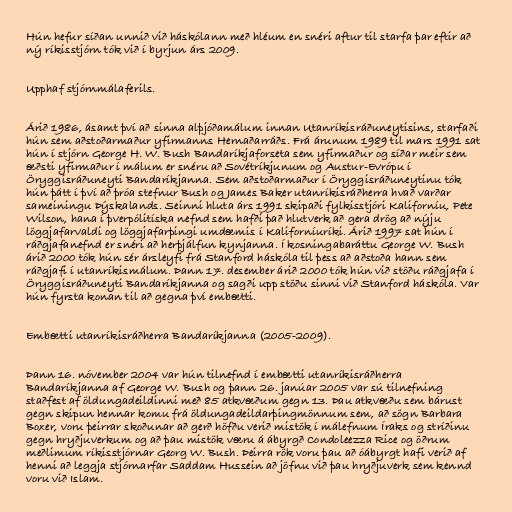
Hún hefur síðan unnið við háskólann með hléum en snéri aftur til starfa þar eftir að
ný ríkisstjórn tók við í byrjun árs 2009.

Upphaf stjórnmálaferils.

Árið 1986, ásamt því að sinna alþjóðamálum innan Utanríkisráðuneytisins, starfaði
hún sem aðstoðarmaður yfirmanns Hernaðarráðs. Frá árunum 1989 til mars 1991 sat
hún í stjórn George H. W. Bush Bandaríkjaforseta sem yfirmaður og síðar meir sem
æðsti yfirmaður í málum er snéru að Sovétríkjunum og Austur-Evrópu í
Öryggisráðuneyti Bandaríkjanna. Sem aðstoðarmaður í Öryggisráðuneytinu tók
hún þátt í því að þróa stefnur Bush og James Baker utanríkisráðherra hvað varðar
sameiningu Þýskalands. Seinni hluta árs 1991 skipaði fylkisstjóri Kaliforníu, Pete
Wilson, hana í þverpólitíska nefnd sem hafði það hlutverk að gera drög að nýju
löggjafarvaldi og löggjafarþingi umdæmis í Kaliforníuríki. Árið 1997 sat hún í
ráðgjafanefnd er snéri að herþjálfun kynjanna. Í kosningabaráttu George W. Bush
árið 2000 tók hún sér ársleyfi frá Stanford háskóla til þess að aðstoða hann sem
ráðgjafi í utanríkismálum. Þann 17. desember árið 2000 tók hún við stöðu ráðgjafa í
Öryggisráðuneyti Bandaríkjanna og sagði upp stöðu sinni við Stanford háskóla. Var
hún fyrsta konan til að gegna því embætti.

Embætti utanríkisráðherra Bandaríkjanna (2005-2009).

Þann 16. nóvember 2004 var hún tilnefnd í embætti utanríkisráðherra
Bandaríkjanna af George W. Bush og þann 26. janúar 2005 var sú tilnefning
staðfest af öldungadeildinni með 85 atkvæðum gegn 13. Þau atkvæðu sem bárust
gegn skipun hennar komu frá öldungadeildarþingmönnum sem, að sögn Barbara
Boxer, voru þeirrar skoðunar að gerð höfðu verið mistök í málefnum Íraks og stríðinu
gegn hryðjuverkum og að þau mistök væru á ábyrgð Condoleezza Rice og öðrum
meðlimum ríkisstjórnar Georg W. Bush. Þeirra rök voru þau að óábyrgt hafi verið af
henni að leggja stjórnarfar Saddam Hussein að jöfnu við þau hryðjuverk sem kennd
voru við Islam.